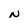
Character: N